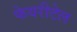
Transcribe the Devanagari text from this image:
फेयरीटेल